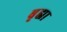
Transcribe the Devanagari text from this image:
बृह्मा